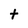
Character: t